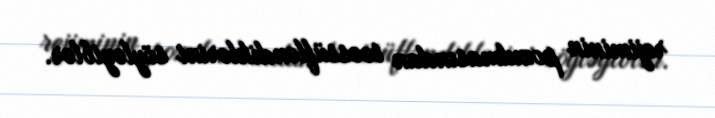
rejiminin pozulmasından təəssüfləndiklərini söyləyiblər.